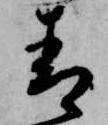
青